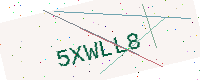
Text: 5XWLL8